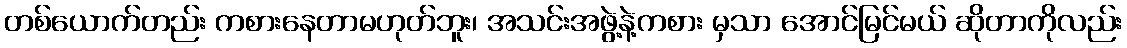
တစ်ယောက်တည်း ကစားနေတာမဟုတ်ဘူး၊ အသင်းအဖွဲ့နဲ့ကစား မှသာ အောင်မြင်မယ် ဆိုတာကိုလည်း